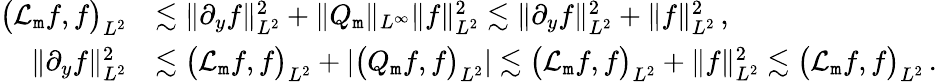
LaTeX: \begin{array}{rl}{\big({\cal L}_{\mathtt m}f,f\big)_{L^{2}}}&{\lesssim\| \partial_{y}f\| _{L^{2}}^{2}+\| Q_{\mathtt m}\| _{L^{\infty}}\| f\| _{L^{2}}^{2}\lesssim\| \partial_{y}f\| _{L^{2}}^{2}+\| f\| _{L^{2}}^{2}\, ,}\\ {\| \partial_{y}f\| _{L^{2}}^{2}}&{\lesssim\big({\cal L}_{\mathtt m}f,f\big)_{L^{2}}+|\big(Q_{\mathtt m}f,f\big)_{L^{2}}|\lesssim\big({\cal L}_{\mathtt m}f,f\big)_{L^{2}}+\| f\| _{L^{2}}^{2}\lesssim\big({\cal L}_{\mathtt m}f,f\big)_{L^{2}}\, .}\end{array}